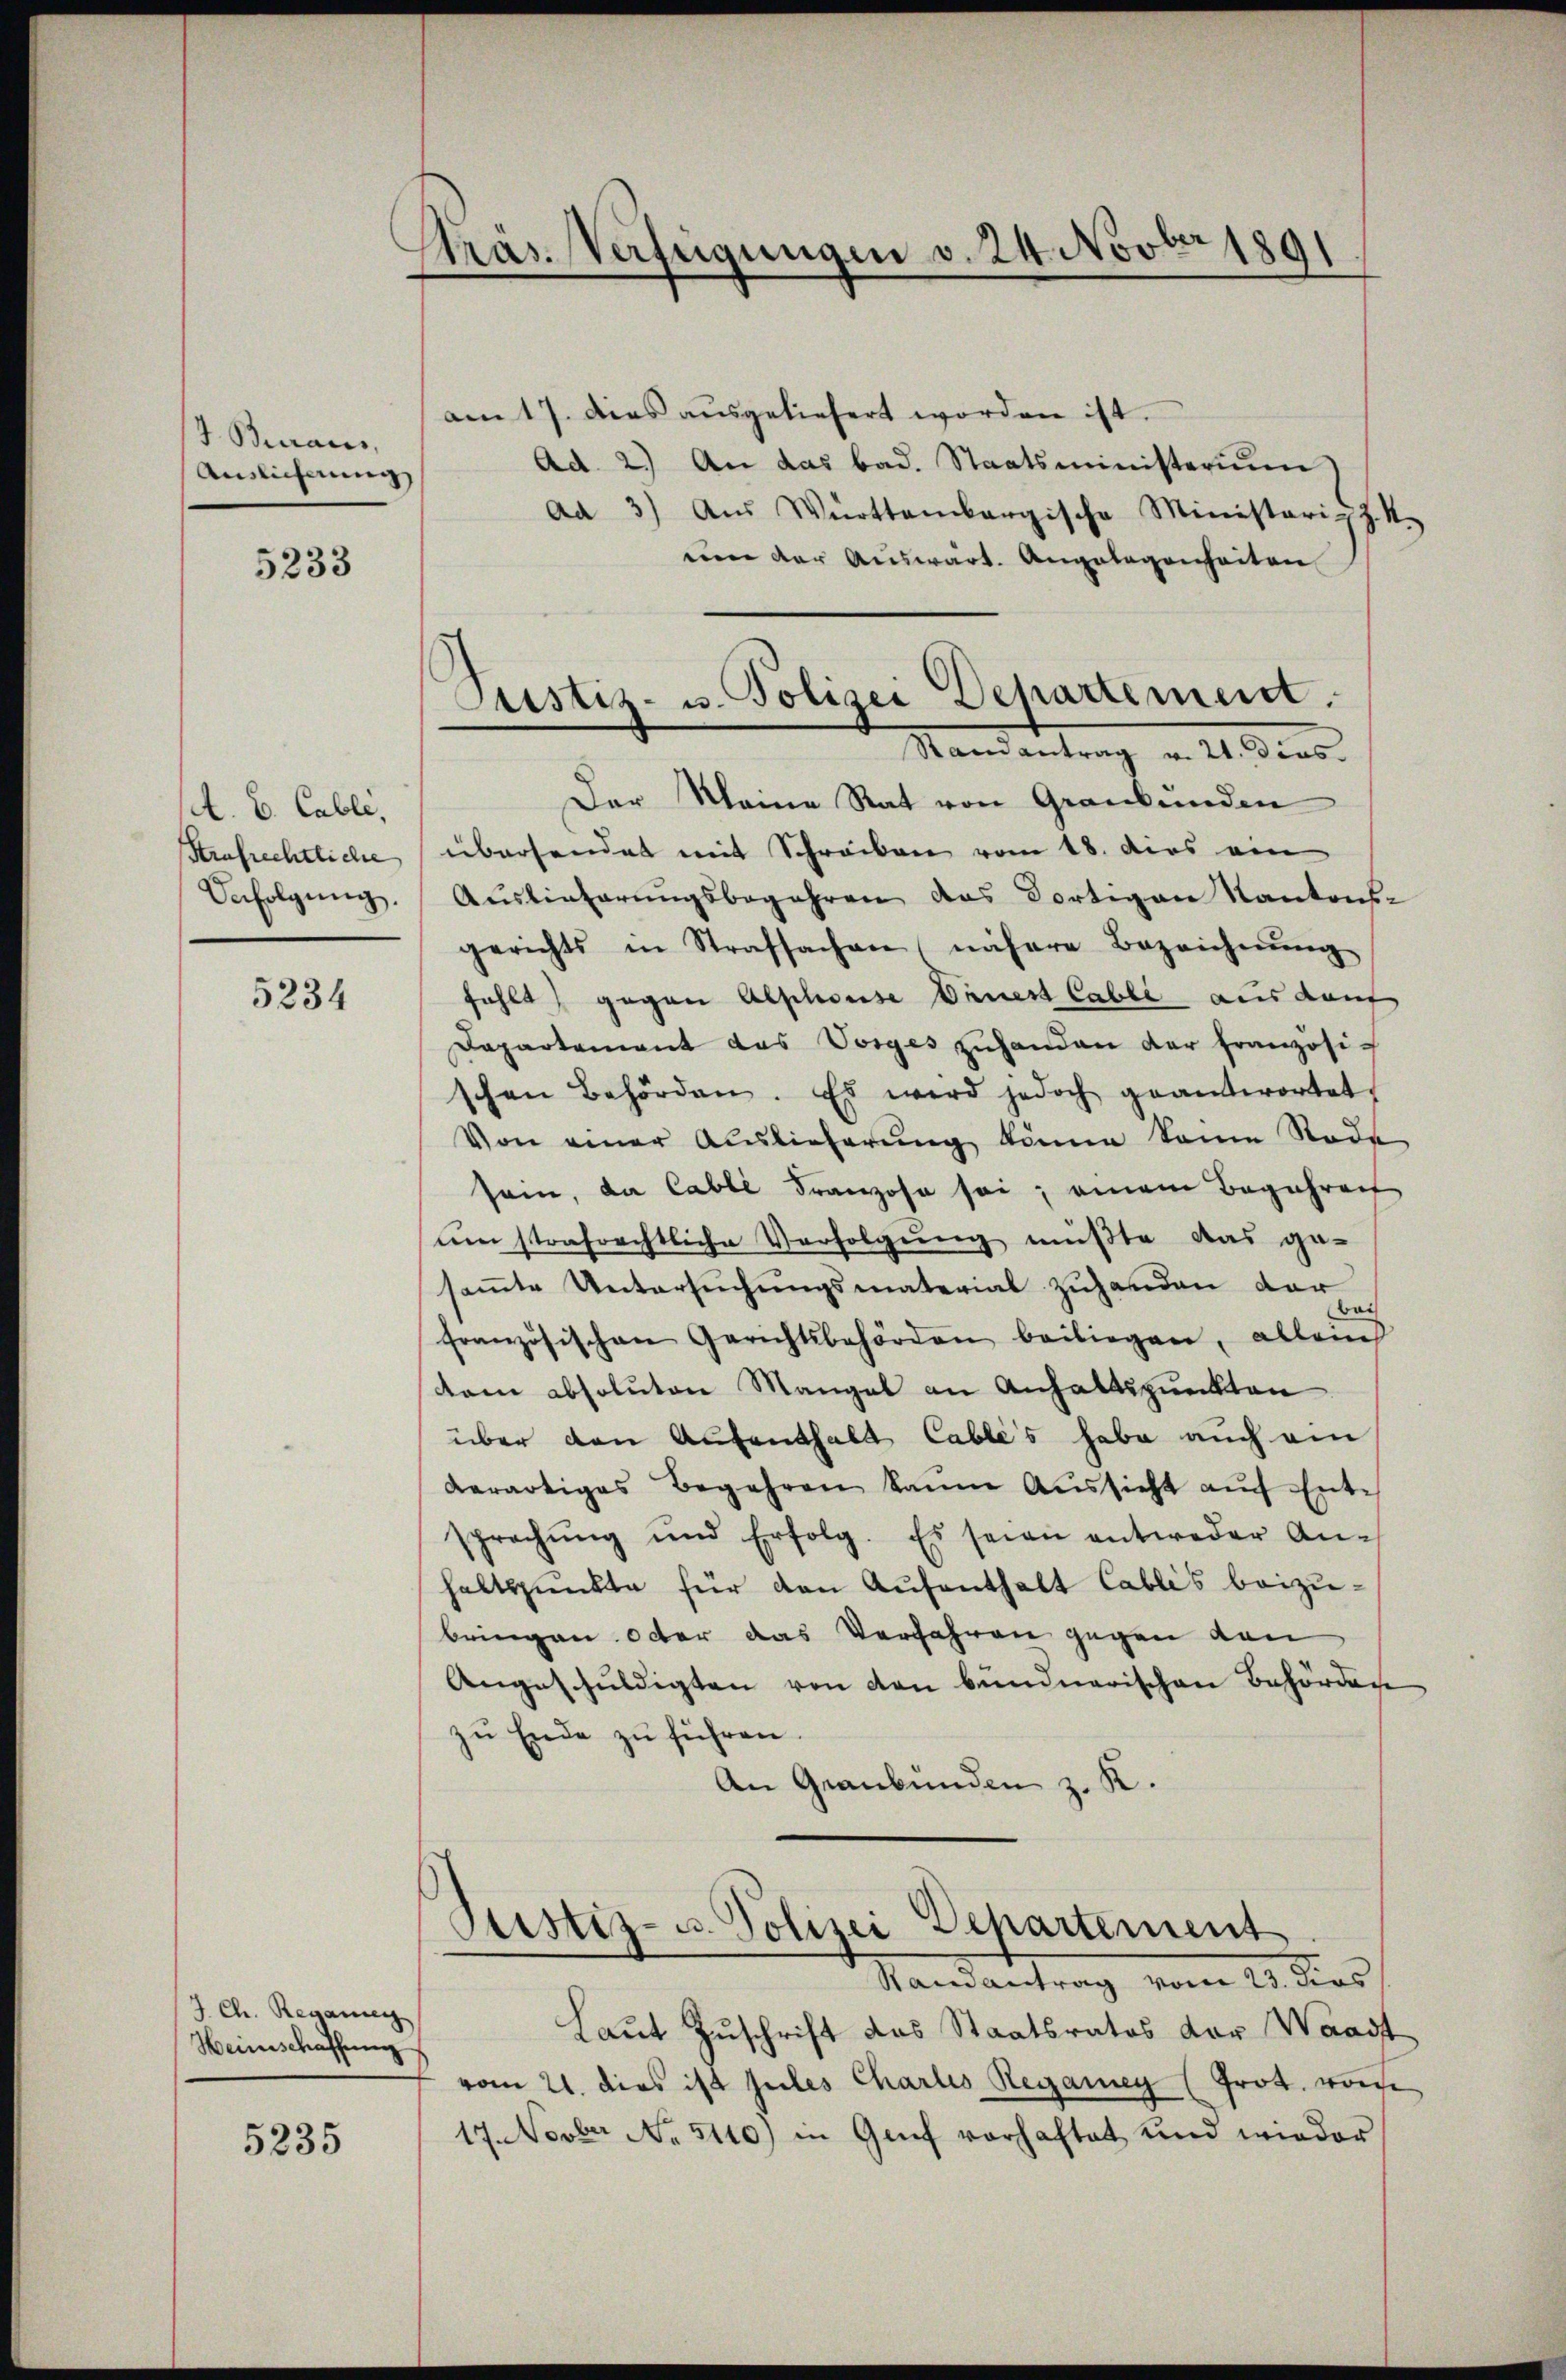
4. Beraus,
Auslieferung

5233

A. B. Cabli,
Strafrechtliche
Unfolgŭng.

5234

J. Ch. Regang
Heimschaffung

5235

Präs. Verfügungen v. 24. Novber 1891

Justiz- u. Polizei Departement.
Ramantrag v. 21. dies
Der Meine Rat von Graubünden

am 17. dies aŭsgeliefert worden ist.
Ad 2.) An das bad. Staatsministerium
ad 3) Aus Württembergische Ministerig Z. M.
een der Auswart. Angelegenheiten
übersendet mit Schreiben vom 18. dies ein
Auslieferungsbegehren des Portian Kantons-
gerichts in Strafsachen, nähere Bezeichnŭng
fehlt) gegen Alphouise Dauert Cabli aus darf
Dapartement das Vorges zuhanden der französischen Behörden. Es wird jedoch geantwortet,
Von einer Auslieferung könne keine Tode
sein, da Cabli Franzose sei; einem Begehren
um strafrechtliche Verfolgung mußte das ge-
sammte Untersuchungsmaterial zuhanden der
französischen Gerichtsbehörden beiliegen, allein
dem absoluten Mangel an Anhaltspunkten
über den Aufenthalt Cables habe auch ein
Aerartiges Begehren kaŭm Aŭssicht aŭf Entsprachŭng und Erfolg. Es seien entweder An-
haltspunkte für den Aŭfenthalt Cablis beizubringen octer das Verfahren gegen dan
Angeschuldigten von den bundnerischen Behörden
zu Ende zu führen.
An Graubünden z. K.

Sistiz- u. Polizei Departement
Randantrag vom 23. dies

Laut Zuschrift das Staatsrates der Waadt
vom 21. dies ist zules Charlis Regamen (Prot. worde
17. Novber No 5140) in Genf vorhaftet und wieder